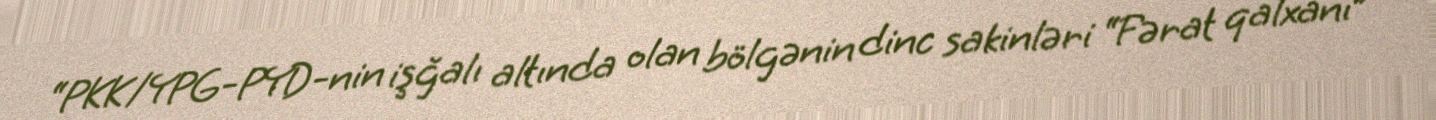
“PKK/YPG-PYD-nin işğalı altında olan bölgənin dinc sakinləri “Fərat qalxanı”